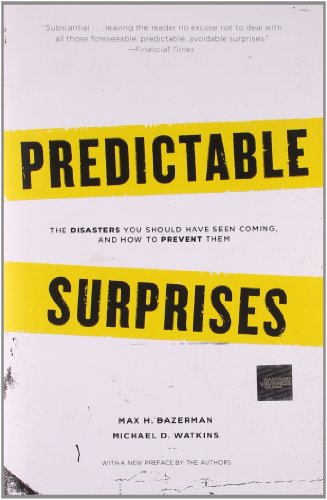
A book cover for Predictable Surprises: The Disasters You Should Have Seen Coming, and How to Prevent Them (Center for Public Leadership); Max H. Bazerman; Business & Money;